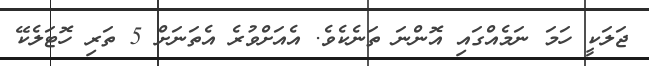
ޖަލަކީ ހަމަ ނަމެއްގައި އޮންނަ ތަނެކެވެ. އެއަށްވުރެ އެތަނަށް 5 ތަރި ހޮޓަލެކޭ